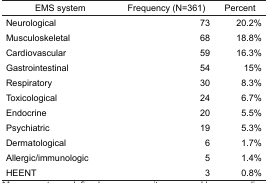
<table><thead><tr><td><b>EMS system</b></td><td><b>Frequency (N=361)</b></td><td><b>Percent</b></td></tr></thead><tbody><tr><td>Neurological</td><td>73</td><td>20.2%</td></tr><tr><td>Musculoskeletal</td><td>68</td><td>18.8%</td></tr><tr><td>Cardiovascular</td><td>59</td><td>16.3%</td></tr><tr><td>Gastrointestinal</td><td>54</td><td>15%</td></tr><tr><td>Respiratory</td><td>30</td><td>8.3%</td></tr><tr><td>Toxicological</td><td>24</td><td>6.7%</td></tr><tr><td>Endocrine</td><td>20</td><td>5.5%</td></tr><tr><td>Psychiatric</td><td>19</td><td>5.3%</td></tr><tr><td>Dermatological</td><td>6</td><td>1.7%</td></tr><tr><td>Allergic/immunologic</td><td>5</td><td>1.4%</td></tr><tr><td>HEENT</td><td>3</td><td>0.8%</td></tr></tbody></table>